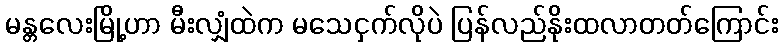
မန္တလေးမြို့ဟာ မီးလျှံထဲက မသေငှက်လိုပဲ ပြန်လည်နိုးထလာတတ်ကြောင်း